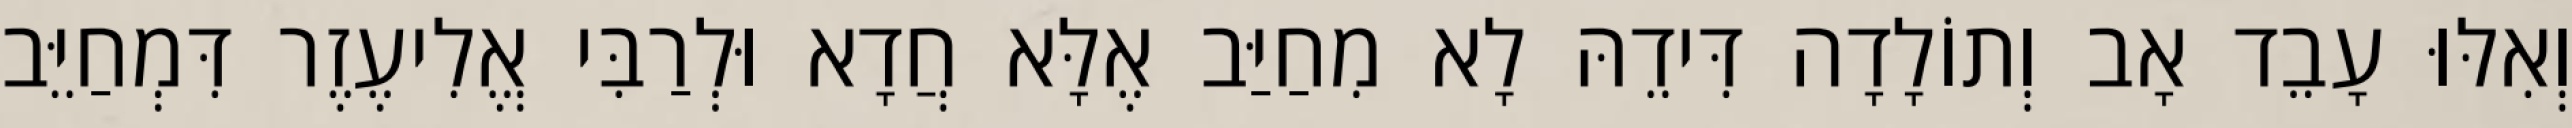
וְאִלּוּ עָבֵד אָב וְתוֹלָדָה דִּידֵהּ לָא מִחַיַּב אֶלָּא חֲדָא וּלְרַבִּי אֱלִיעֶזֶר דִּמְחַיֵּב